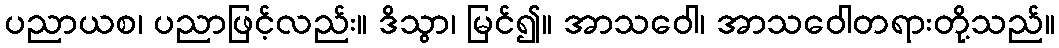
ပညာယစ၊ ပညာဖြင့်လည်း။ ဒိသွာ၊ မြင်၍။ အာသဝေါ၊ အာသဝေါတရားတို့သည်။